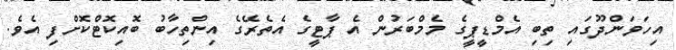
އިހަވަންދޫގައި ތިބި އެމްޑީޕީގެ މެމްބަރުން އެ ޕާޓީގެ އެތެރޭގެ އިންތިހާބު ބޮއިކޮޓްކޮށްފި އެވެ.